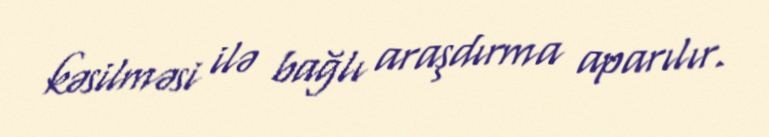
kəsilməsi ilə bağlı araşdırma aparılır.